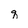
Character: q